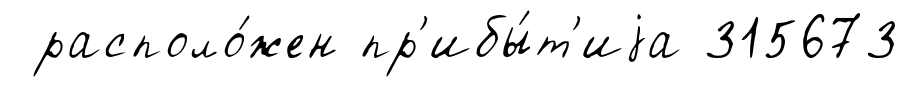
располо́жен пр'ибы́т'иjа 315673